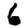
Digit: 6